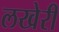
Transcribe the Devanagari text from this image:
लखेरी